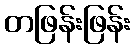
တဖြန်းဖြန်း